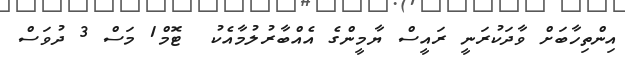
އިންތިހާބަށް ވާދަކުރަނީ ރައީސް ޔާމީންގެ އެއްބާރުލުމާއެކު  ޓޮމް1 މަސް 3 ދުވަސް